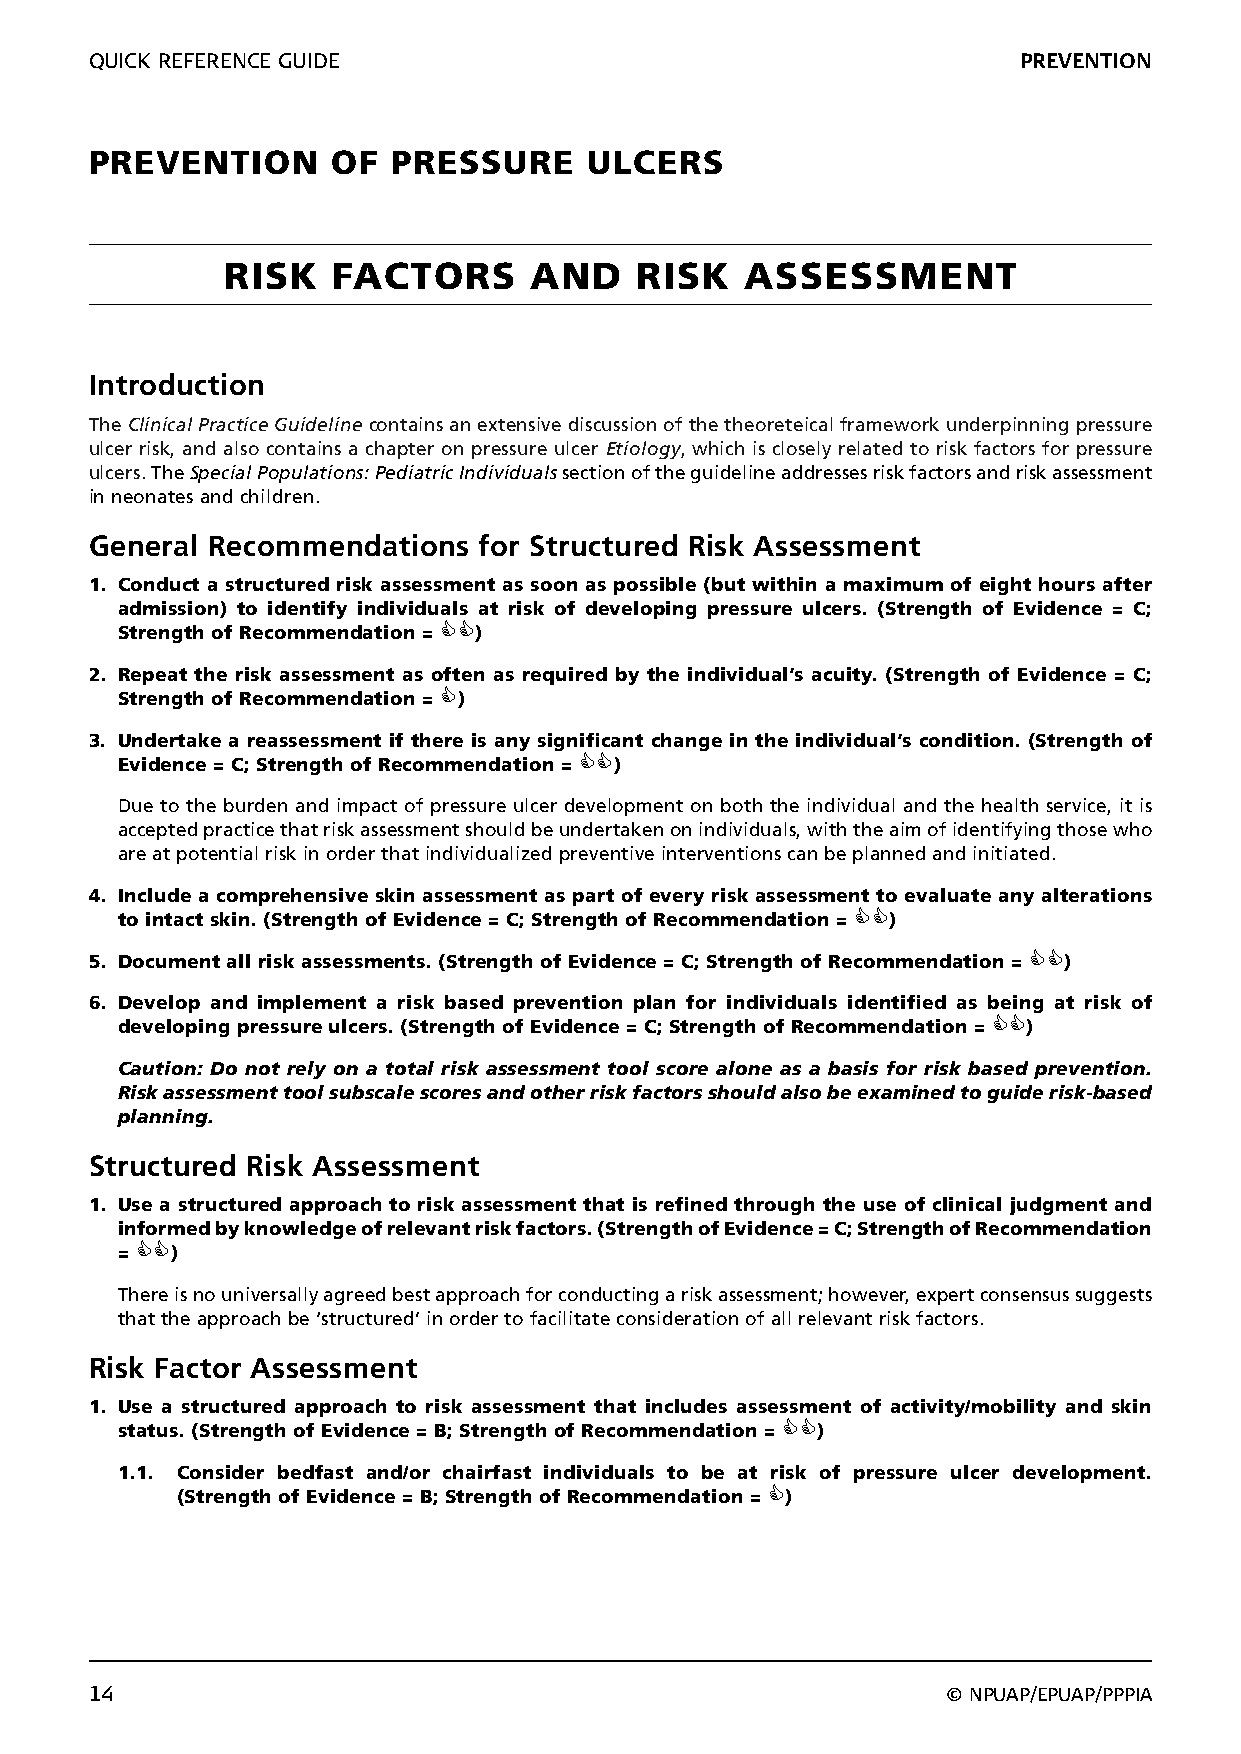
QUICK REFERENCE GUIDE                                        PREVENTION
 PREVENTION      OF  PRESSURE     ULCERS
 RISK   FACTORS      AND    RISK   ASSESSMENT
 Introduction
 The Clinical Practice Guideline contains an extensive discussion of the theoreteical framework underpinning pressure
 ulcer risk, and also contains a chapter on pressure ulcer Etiology, which is closely related to risk factors for pressure
 ulcers. The Special Populations: Pediatric Individuals section of the guideline addresses risk factors and risk assessment
 in neonates and children.
 General Recommendations   for Structured Risk Assessment
 1. Conduct a structured risk assessment as soon as possible (but within a maximum of eight hours after
 admission) to identify individuals at risk of developing pressure ulcers. (Strength of Evidence = C;
 Strength of Recommendation = )
 2. Repeat the risk assessment as often as required by the individual’s acuity. (Strength of Evidence = C;
 Strength of Recommendation = )
 3. Undertake a reassessment if there is any significant change in the individual’s condition. (Strength of
 Evidence = C; Strength of Recommendation = )
 Due to the burden and impact of pressure ulcer development on both the individual and the health service, it is
 accepted practice that risk assessment should be undertaken on individuals, with the aim of identifying those who
 are at potential risk in order that individualized preventive interventions can be planned and initiated.
 4. Include a comprehensive skin assessment as part of every risk assessment to evaluate any alterations
 to intact skin. (Strength of Evidence = C; Strength of Recommendation = )
 5. Document all risk assessments. (Strength of Evidence = C; Strength of Recommendation = )
 6. Develop and implement a risk based prevention plan for individuals identified as being at risk of
 developing pressure ulcers. (Strength of Evidence = C; Strength of Recommendation = )
 Caution: Do not rely on a total risk assessment tool score alone as a basis for risk based prevention.
 Risk assessment tool subscale scores and other risk factors should also be examined to guide risk-based
 planning.
 Structured Risk Assessment
 1. Use a structured approach to risk assessment that is refined through the use of clinical judgment and
 informed by knowledge of relevant risk factors. (Strength of Evidence = C; Strength of Recommendation
 = )
 There is no universally agreed best approach for conducting a risk assessment; however, expert consensus suggests
 that the approach be ‘structured’ in order to facilitate consideration of all relevant risk factors.
 Risk Factor Assessment
 1. Use a structured approach to risk assessment that includes assessment of activity/mobility and skin
 status. (Strength of Evidence = B; Strength of Recommendation = )
 1.1. Consider bedfast and/or chairfast individuals to be at risk of pressure ulcer development.
 (Strength of Evidence = B; Strength of Recommendation = )
 14                                                       © NPUAP/EPUAP/PPPIA